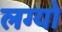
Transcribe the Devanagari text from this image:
लग्यो